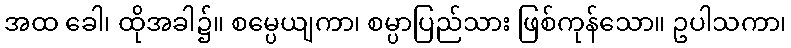
အထ ခေါ၊ ထိုအခါ၌။ စမ္ပေယျကာ၊ စမ္ပာပြည်သား ဖြစ်ကုန်သော။ ဥပါသကာ၊